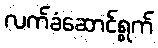
လက်ခံဆောင်ရွက်